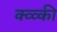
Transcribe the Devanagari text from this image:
क्व्व्की